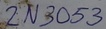
Text: 2N3053